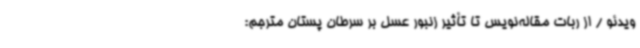
ویدئو / از ربات مقاله‌نویس تا تأثیر زنبور عسل بر سرطان پستان مترجم: